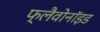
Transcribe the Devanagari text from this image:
फ्लैवोनाॅइड